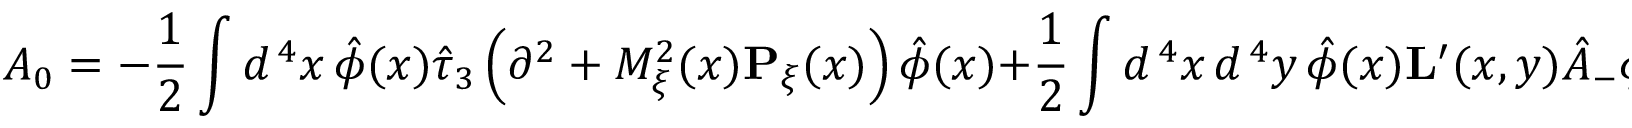
{ \cal A } _ { 0 } = - \frac { 1 } { 2 } \int d ^ { \, 4 } x \, \hat { \phi } ( x ) \hat { \tau } _ { 3 } \left( \partial ^ { 2 } + { \cal M } _ { \xi } ^ { 2 } ( x ) { \bf P } _ { \xi } ( x ) \right) \hat { \phi } ( x ) + \frac { 1 } { 2 } \int d ^ { \, 4 } x \, d ^ { \, 4 } y \, \hat { \phi } ( x ) { \bf L } ^ { \prime } ( x , y ) \hat { A } _ { - } \hat { \phi } ( y ) \, .